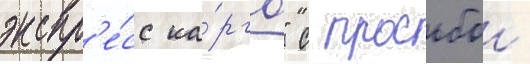
экспр'е́сс ка́рго" с просьбои